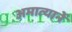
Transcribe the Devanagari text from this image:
अमात्यानें